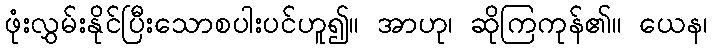
ဖုံးလွှမ်းနိုင်ပြီးသောစပါးပင်ဟူ၍။ အာဟု၊ ဆိုကြကုန်၏။ ယေန၊